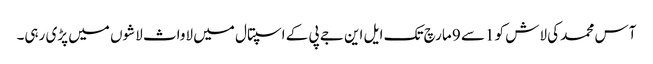
آس محمد کی لاش کو 1سے 9 مارچ تک ایل این جے پی کے اسپتال میں لاواث لاشوں میں پڑی رہی۔